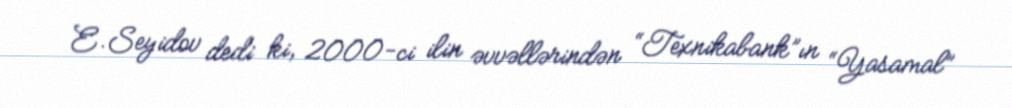
E.Seyidov dedi ki, 2000-ci ilin əvvəllərindən “Texnikabank”ın “Yasamal”